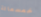
خمسمائة